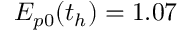
E _ { p 0 } ( t _ { h } ) = 1 . 0 7